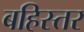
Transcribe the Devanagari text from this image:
बहिस्तर